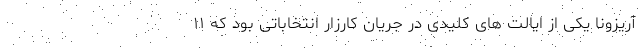
آریزونا یکی از ایالت های کلیدی در جریان کارزار انتخاباتی بود که ۱۱